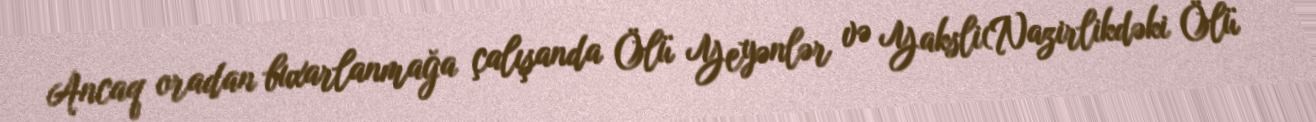
Ancaq oradan buxarlanmağa çalışanda Ölü Yeyənlər və Yaksli(Nazirlikdəki Ölü